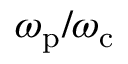
\omega _ { \mathrm { p } } / \omega _ { \mathrm { c } }